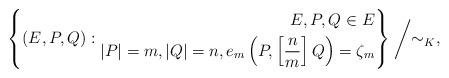
LaTeX: \begin{align*} \left\{ (E,P,Q): \begin{aligned} E, P, Q\in E \\ \left|P\right|=m, \left|Q\right|=n, e_{m}\left(P,\left[\frac{n}{m}\right]Q\right)=\zeta_{m} \end{aligned} \right\}\biggm/\sim_{K}, \end{align*}